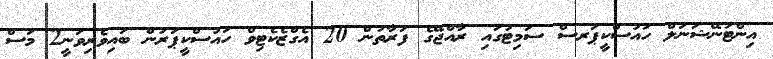
އިންޓަނޭޝަނަލް ހައުސްކީޕަރސް ސަމިޓުގައި ރާއްޖޭގެ ފަރާތުން 20 އެގްޒެކެޓިވް ހައުސްކީޕަރުން ބައިވެރިވަނީ2 މަސް